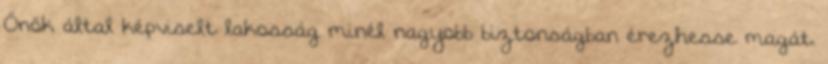
Önök által képviselt lakosság minél nagyobb biztonságban érezhesse magát.